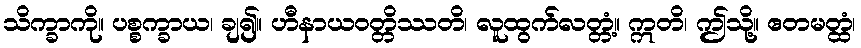
သိက္ခာကို။ ပစ္စက္ခာယ၊ ချ၍။ ဟီနာယဝတ္တိဿတိ၊ လူထွက်လတ္တံ့။ ဣတိ၊ ဤသို့။ ဧတမတ္ထံ၊